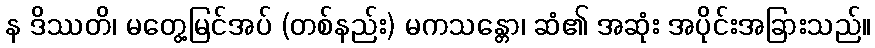
န ဒိဿတိ၊ မတွေ့မြင်အပ် (တစ်နည်း) မကသန္တော၊ ဆံ၏ အဆုံး အပိုင်းအခြားသည်။